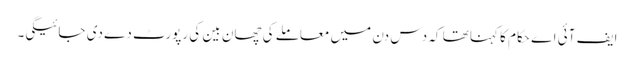
ایف آئی اے حکام کا کہنا تھا کہ دس دن میں معاملے کی چھان بین کی رپورٹ دے دی جائیگی۔